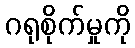
ဂရုစိုက်မှုကို